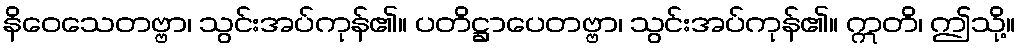
နိဝေသေတဗ္ဗာ၊ သွင်းအပ်ကုန်၏။ ပတိဋ္ဌာပေတဗ္ဗာ၊ သွင်းအပ်ကုန်၏။ ဣတိ၊ ဤသို့။